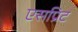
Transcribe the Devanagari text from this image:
एसप्रिट